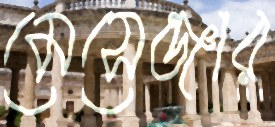
মেসেঞ্জার